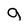
Character: g